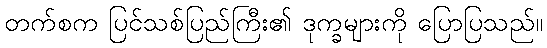
တက်စက ပြင်သစ်ပြည်ကြီး၏ ဒုက္ခများကို ပြောပြသည်။